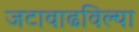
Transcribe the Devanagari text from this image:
जटावाढविल्या